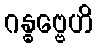
ဂန္ဓဗ္ဗေဟိ